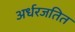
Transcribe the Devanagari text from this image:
अर्धरजतित